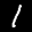
Label: 1